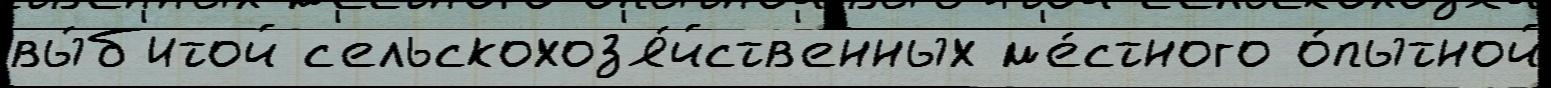
вы́б'итой с'ельскохоз'я́йств'енных м'е́стного о́пытной